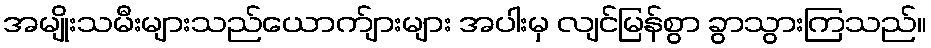
အမျိုးသမီးများသည်ယောက်ျားများ အပါးမှ လျင်မြန်စွာ ခွာသွားကြသည်။